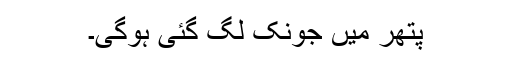
پتھر میں جونک لگ گئی ہوگی۔